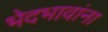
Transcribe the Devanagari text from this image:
भेदभावांना